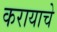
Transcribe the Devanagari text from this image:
करायाचे